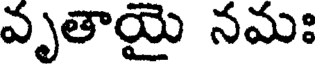
వృతాయై నమః